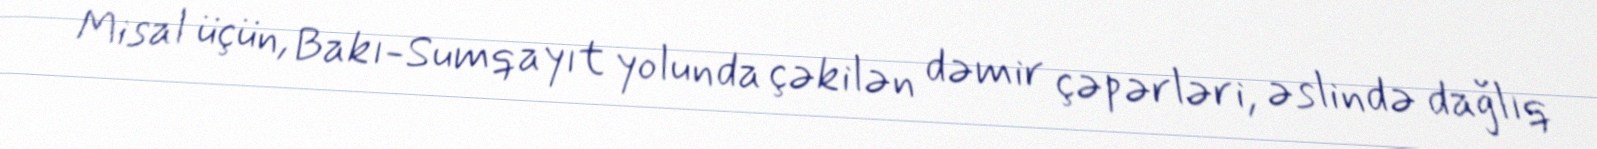
Misal üçün, Bakı-Sumqayıt yolunda çəkilən dəmir çəpərləri, əslində dağlıq